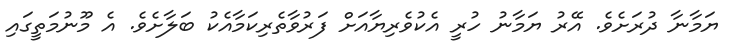
ޔަމާނާ ދުރަށެވެ. އޭރު ޔަމާނު ހުރީ އެކުވެރިޔާއަށް ފަރުވާތެރިކަމާއެކު ބަލާށެވެ. އެ މޫނުމަތީގައި